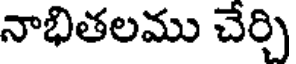
నాభితలము చేర్చి